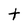
Character: t